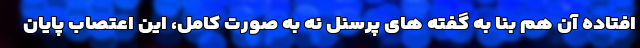
افتاده آن هم بنا به گفته های پرسنل نه به صورت کامل، این اعتصاب پایان